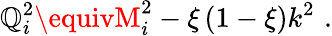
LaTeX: \mathbb{Q}_{i}^{2}\equivM_{i}^{2}-\xi\, (1-\xi)k^{2}\, \, .